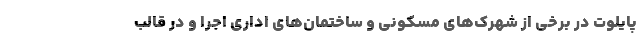
پایلوت در برخی از شهرک‌های مسکونی و ساختمان‌های اداری اجرا و در قالب